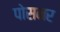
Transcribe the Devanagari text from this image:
पोसनर